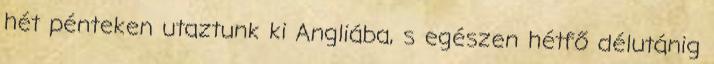
hét pénteken utaztunk ki Angliába, s egészen hétfő délutánig